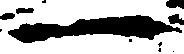
一